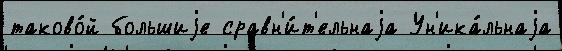
таково́й большиjе сравн'и́т'ельнаjа Ун'ика́льнаjа